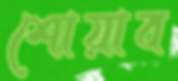
শোয়াব